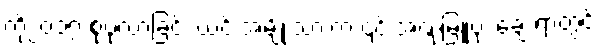
ကို၂၀၁၇ စုပုံလာခြင်း ယင်းအမျိုးသားက ၎င်းအဏုမြူဗုံး ချေးရာတွင်